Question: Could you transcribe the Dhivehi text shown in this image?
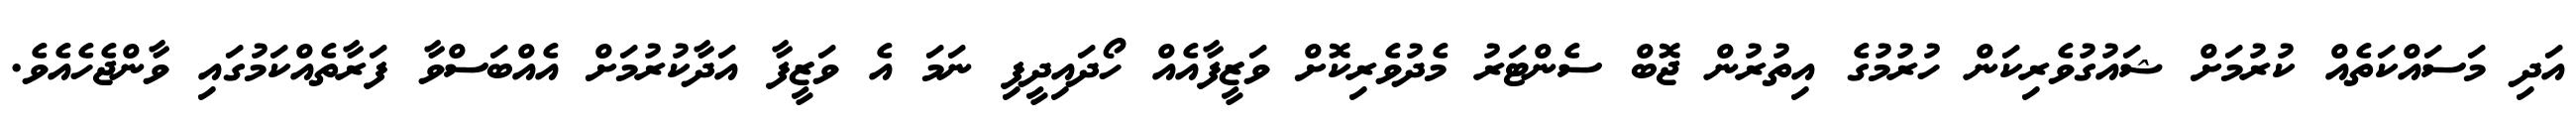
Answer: އަދި މަސައްކަތެއް ކުރުމަށް ޝައުގުވެރިކަން ހުރުމުގެ އިތުރުން ޖޮބް ސެންޓަރު މެދުވެރިކޮށް ވަޒީފާއެއް ހޯދައިދީފި ނަމަ އެ ވަޒީފާ އަދާކުރުމަށް އެއްބަސްވާ ފަރާތެއްކަމުގައި ވާންޖެހެއެވެ.